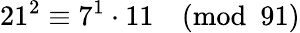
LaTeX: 21^{2}\equiv 7^{1}\cdot 11{\pmod{91}}